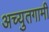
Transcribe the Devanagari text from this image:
अच्युतगामी